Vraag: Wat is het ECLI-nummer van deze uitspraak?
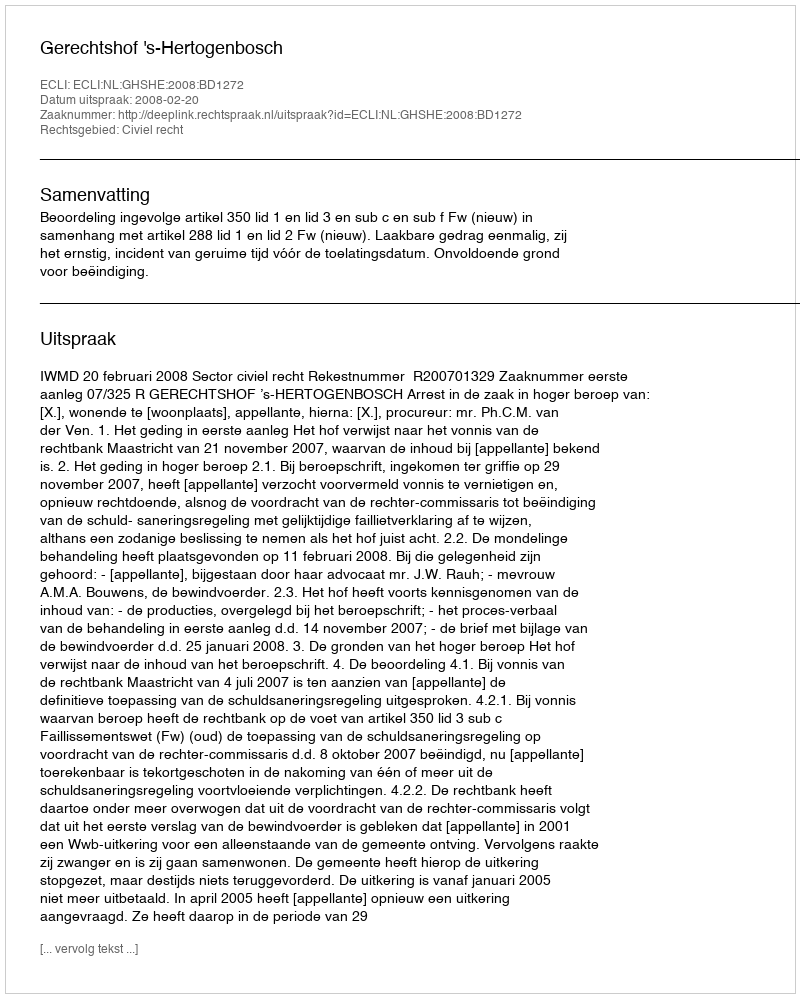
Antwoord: ECLI:NL:GHSHE:2008:BD1272